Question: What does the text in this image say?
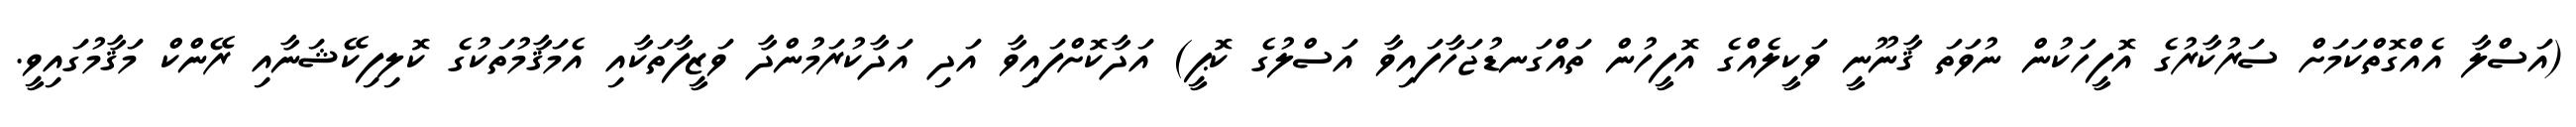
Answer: (އަސްލާ އެއްގޮތްކަމަށް ސަރުކާރުގެ އޮފީހަކުން ނުވަތަ ޤާނޫނީ ވަކީލެއްގެ އޮފީހުން ތައްގަނޑުޖަހާފައިވާ އަސްލުގެ ކޮޕީ) އަދާކޮށްފައިވާ އަދި އަދާކުރަމުންދާ ވަޒީފާތަކާއި އެމަޤާމުތަކުގެ ކޮލިފިކޭޝަނާއި ރޭންކް މަޤާމުގައިވީ.